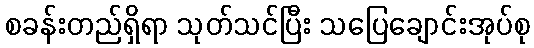
စခန်းတည်ရှိရာ သုတ်သင်ပြီး သပြေချောင်းအုပ်စု